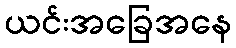
ယင်းအခြေအနေ